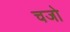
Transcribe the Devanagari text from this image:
चजो